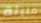
مليئة